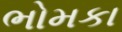
ભોમકા